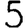
Digit: 5